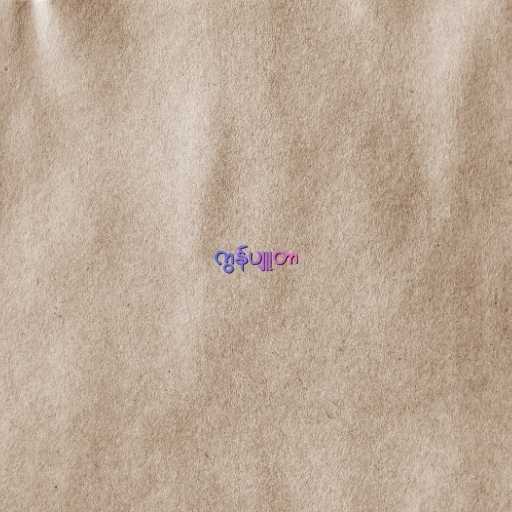
ကွန်ပျူတာ